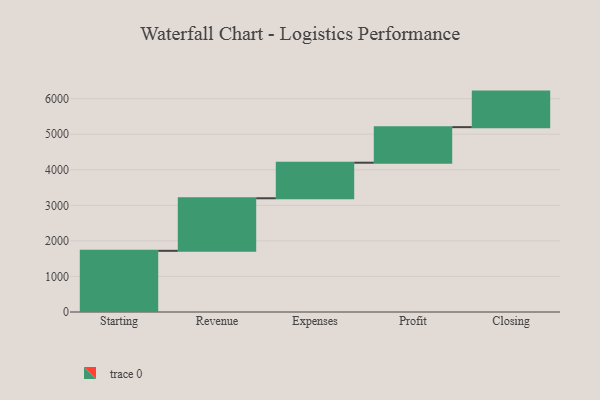
{"axis": {"x": "Step", "y": "Value"}, "legend": [""], "data": [{"x": "Starting", "y": 1721.0, "type": ""}, {"x": "Revenue", "y": 1478.0, "type": ""}, {"x": "Expenses", "y": 1000, "type": ""}, {"x": "Profit", "y": 1000, "type": ""}, {"x": "Closing", "y": 1000, "type": ""}]}